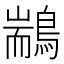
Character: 䳪